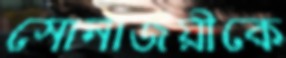
সোনাজয়ীকে